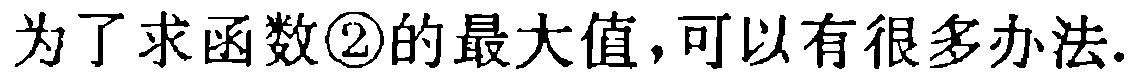
为了求函数\textcircled{2}的最大值，可以有很多办法.